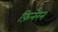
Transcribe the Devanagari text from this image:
फ़िनेरैन